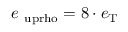
e _ { \mathrm { \ u p r h o } } = 8 \cdot e _ { \mathrm { T } }